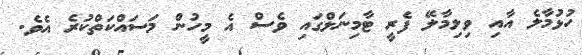
ހުޅުމާލެ އާއި ވިލިމާލޭ ފެރީ ޓާމިނަލްގައި ވެސް އެ މީހުން މަސައްކަތްކުރެ އެވެ.